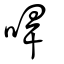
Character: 哻